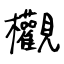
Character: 欟